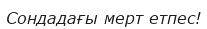
Сондадағы мерт етпес!